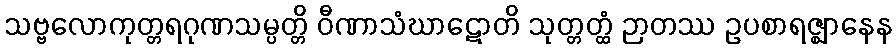
သဗ္ဗလောကုတ္တရဂုဏသမ္ပတ္တိ ဝီဏာသံဃာဋောတိ သုတ္တတ္ထံ ဉာတဿ ဥပစာရဇ္ဈာနေန